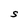
Character: S